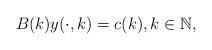
LaTeX: \begin{align*}B(k)y(\cdot,k)=c(k), k\in\mathbb{N},\end{align*}